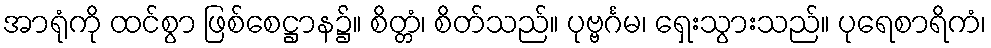
အာရုံကို ထင်စွာ ဖြစ်စေဋ္ဌာန၌။ စိတ္တံ၊ စိတ်သည်။ ပုဗ္ဗင်္ဂမ၊ ရှေးသွားသည်။ ပုရေစာရိကံ၊